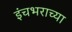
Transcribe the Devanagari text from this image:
इंचभराच्या